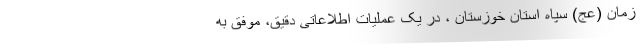
زمان (عج) سپاه استان خوزستان ، در یک عملیات اطلاعاتی دقیق، موفق به